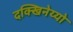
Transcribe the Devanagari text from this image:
दक्खिनेय्यो